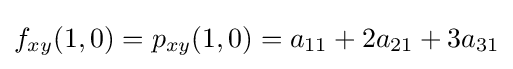
f_{xy}(1,0)=p_{xy}(1,0)=a_{11}+2a_{21}+3a_{31}